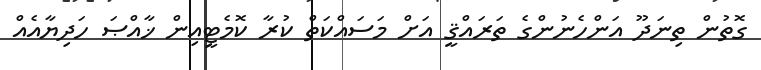
ގޮތުން ތިނަދޫ އަންހެނުންގެ ތަރައްޤީ އަށް މަސައްކަތް ކުރާ ކޮމެޓީއިން ޚާއްޞަ ހަދިޔާއެއް